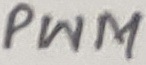
Text: PWM